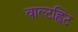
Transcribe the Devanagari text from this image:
वाल्टह्विट